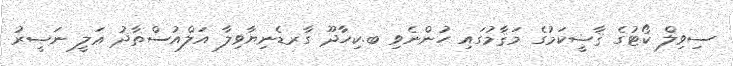
ސިވިލް ކޯޓުގެ ޤާޟީކަމުގެ މަޤާމުގައި ހުންނެވި ބ.ކިހާދޫ ގާރޑެނިޔާވިލާ އަލްއުސްތާޛު ޢަލީ ނަޞީރު